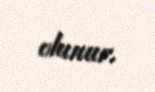
olunur.